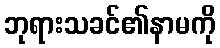
ဘုရားသခင်၏နာမကို